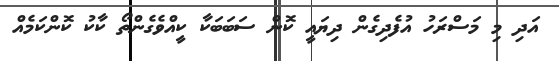
އަދި މި މަސްރަހު އުފެދިގެން ދިޔައީ ކޮން ސަބަބަކާ ކީއްވެގެންތޯ ކާކު ކޮންްކަމެއް